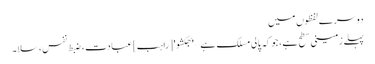
دوسرے لفظوں میں
پہلے زمینی سطح ہے، جو کہ پالی مسلک ہے – 'بھکشو' [راہب] عبادت، ضبط نفس، سلا۔